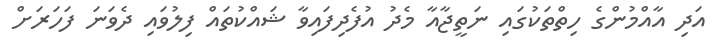
އަދި އާއްމުންގެ ހިތްތަކުގައި ނަތީޖާއާ މެދު އުފެދިފައިވާ ޝައްކުތައް ފިލުވައި ދެވަނަ ފަހަރަށް